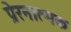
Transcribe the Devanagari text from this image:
प्रेरनात्मक